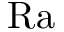
\mathrm { R a }